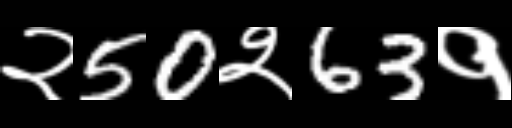
Text: २50२63१